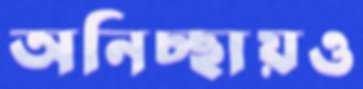
অনিচ্ছায়ও